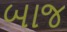
બાજ